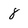
Character: 8